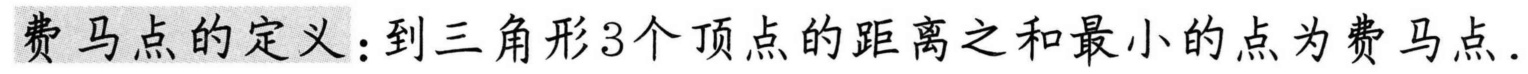
费马点的定义：到三角形\(3\)个顶点的距离之和最小的点为费马点.